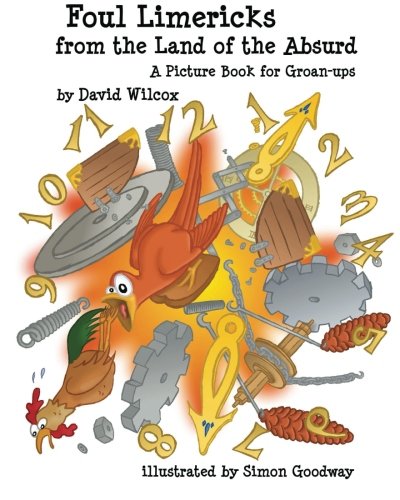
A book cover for Foul Limericks from the Land of the Absurd: A Picture Book for Groan-ups; David Wilcox; Humor & Entertainment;